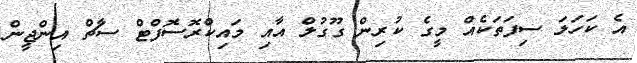
އެ ކަހަލަ ސިފަތަކެއް މީގެ ކުރިން ގޫގުލް އާއި މައިކްރޮސޮފްޓް ސާޗް އިންޖީން